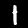
Label: 1